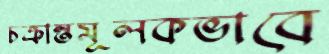
চক্রান্তমূলকভাবে